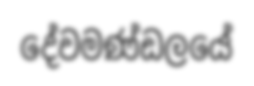
දේවමණ්ඩලයේ